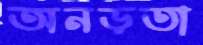
অনড়তা